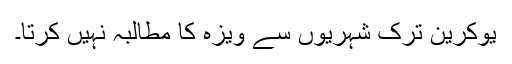
یوکرین ترک شہریوں سے ویزہ کا مطالبہ نہیں کرتا۔